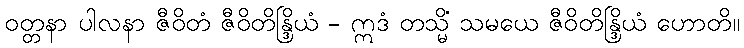
ဝတ္တနာ ပါလနာ ဇီဝိတံ ဇီဝိတိန္ဒြိယံ - ဣဒံ တသ္မိံ သမယေ ဇီဝိတိန္ဒြိယံ ဟောတိ။